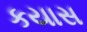
કયાસ